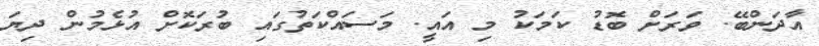
އާދަންބޭ. ވަރަށް ބޮޑު ކަމަކު މި އައީ. މަސައްކަތުގައި ބުރަކޮށް އުޅެމުން ދިޔަ